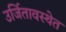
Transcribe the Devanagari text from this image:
उर्जितावस्थेत